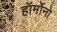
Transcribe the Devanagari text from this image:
हॉर्मोनो